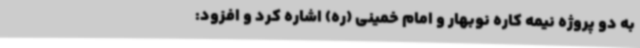
به دو پروژه نیمه کاره نوبهار و امام خمینی (ره) اشاره کرد و افزود: